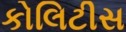
કોલિટીસ